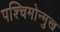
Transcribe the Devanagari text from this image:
पश्चिमोन्मुख